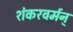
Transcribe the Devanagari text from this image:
शंकरवर्मन्